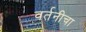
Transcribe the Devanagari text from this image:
वर्तनीचा